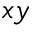
x y